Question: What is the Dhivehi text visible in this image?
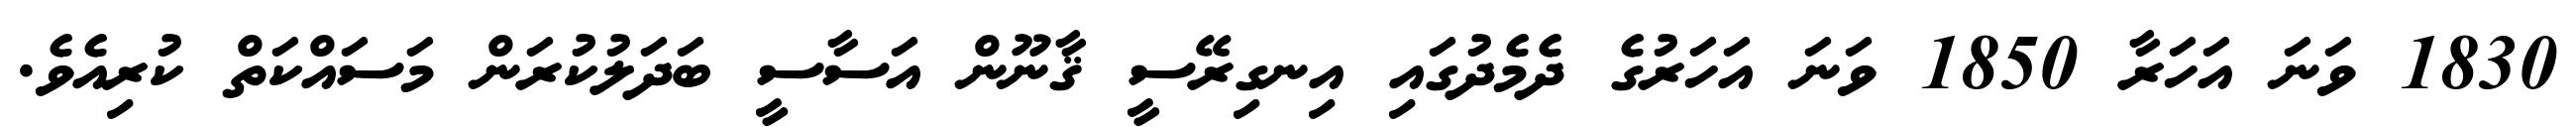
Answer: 1830 ވަނަ އަހަރާ 1850 ވަނަ އަހަރުގެ ދެމެދުގައި އިނގިރޭސީ ޤާނޫން އަސާސީ ބަދަލުކުރަން މަސައްކަތް ކުރިއެވެ.